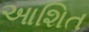
આશિત